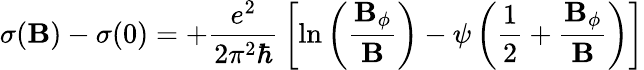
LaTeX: \sigma(\mathbf{B})-\sigma(0)=+{\frac{{e^{2}}}{{2\pi^{2}\hbar}}}\left[\ln\left({\frac{{\mathbf{B}_{\phi}}}{{\mathbf{B}}}}\right)-\psi\left({\frac{{1}}{{2}}}+{\frac{{\mathbf{B}_{\phi}}}{{\mathbf{B}}}}\right)\right]